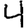
Digit: 4